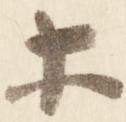
等